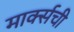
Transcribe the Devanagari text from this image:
मार्क्‍सची